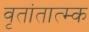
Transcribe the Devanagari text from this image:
वृतांतात्‍म्क